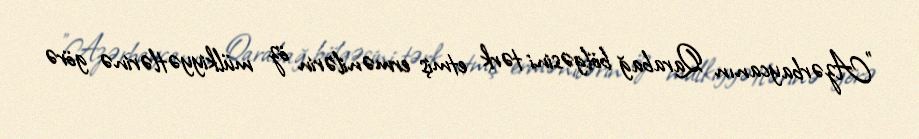
"Azərbaycanın Qarabağ bölgəsini tərk etmiş ermənilərin öz mülkiyyətlərinə görə